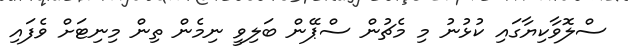
ސްލޮވާކިޔާގައި ކުޅުނު މި މެޗުން ސްޕޭން ބަލިވީ ނިމެން ތިން މިނިޓަށް ވެފައި